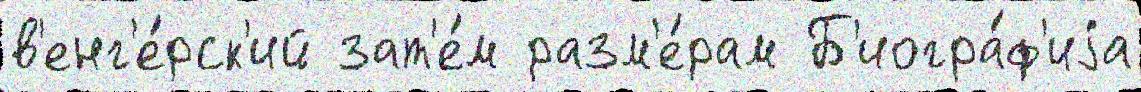
в'енг'е́рск'ий зат'е́м разм'е́рам Б'иогра́ф'иjа